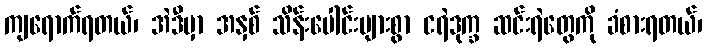
ကျရောက်ရတယ်၊ အဲဒီမှာ အနှစ် သိန်းပေါင်းများစွာ ငရဲဒုက္ခ ဆင်းရဲတွေကို ခံစားရတယ်၊